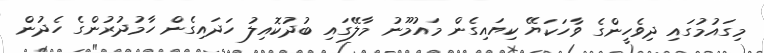
މިގައުމުގައި ދިވެހީންގެ ވާހަކަޔޭ ކިޔައިގެން މައުމޫނު މާލޭގައި ބުދުކޮއިލު ހަދައިގެން ހާމުދުރުންގެ ހެދުން